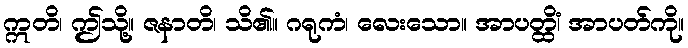
ဣတိ၊ ဤသို့။ ဇနာတိ၊ သိ၏။ ဂရုကံ၊ လေးသော။ အာပတ္ထိံ၊ အာပတ်ကို။